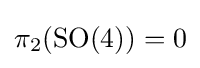
\pi _{2}(\mathrm {SO} (4))=0